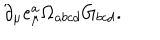
LaTeX: \partial _ { \mu } e _ { \mu } ^ { a } \Omega _ { a b c d } G _ { b c d } .